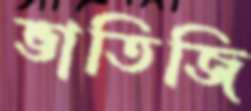
ভাতিজি